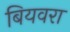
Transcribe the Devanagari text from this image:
बियवरा